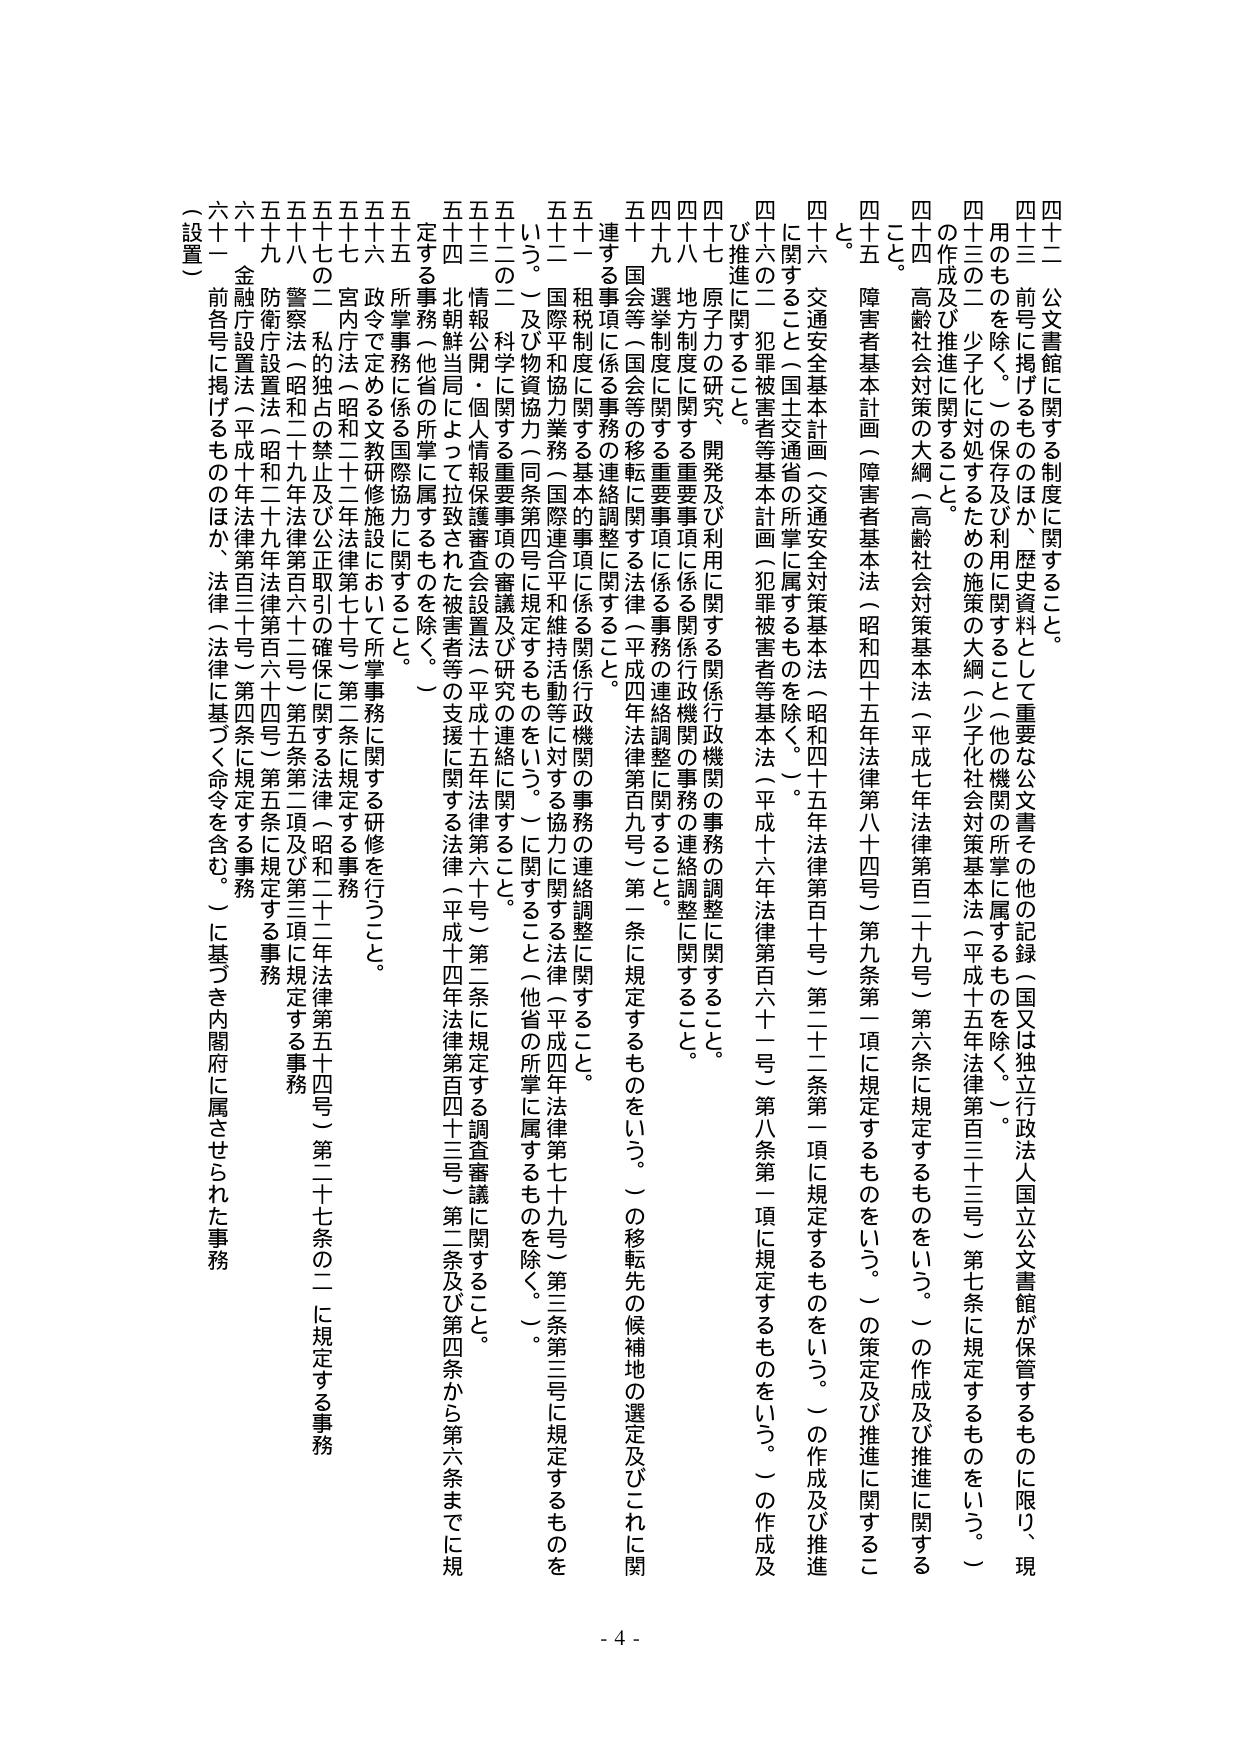
四十二 公文書館に関する制度に関すること。

四十三 前号に掲げるもののほか、歴史資料として重要な公文書その他の記録（国又は独立行政法人国立公文書館が保管するものに限り、現用のものを除く。）の保存及び利用に関すること（他の機関の所掌に属するものを除く。）。

四十三の二 少子化に対処するための施策の大綱（少子化社会対策基本法（平成十五年法律第百三十三号）第七条に規定するものをいう。）の作成及び推進に関すること。

四十四 高齢社会対策の大綱（高齢社会対策基本法（平成七年法律第百二十九号）第六条に規定するものをいう。）の作成及び推進に関すること。

四十五 障害者基本計画（障害者基本法（昭和四十五年法律第八十四号）第九条第一項に規定するものをいう。）の策定及び推進に関すること。

四十六 交通安全基本計画（交通安全対策基本法（昭和四十五年法律第百十号）第二十二条第一項に規定するものをいう。）の作成及び推進に関すること（国土交通省の所掌に属するものを除く。）。

四十七 原子力の研究、開発及び利用に関する関係行政機関の事務の調整に関すること。

四十八 地方制度に関する重要事項に係る関係行政機関の事務の連絡調整に関すること。

四十九 選挙制度に関する重要事項に係る事務の連絡調整に関すること。

五十 国会等（国会等の移転に関する法律（平成四年法律第百九号）第一条に規定するものをいう。）の移転先の候補地の選定及びこれに関連する事項に係る事務の連絡調整に関すること。

五十一 租税制度に関する基本的事項に係る関係行政機関の事務の連絡調整に関すること。

五十二 国際平和協力業務（国際連合平和維持活動等に対する協力に関する法律（平成四年法律第七十九号）第三条第三号に規定するものをいう。）及び物資協力（同条第四号に規定するものをいう。）に関すること（他省の所掌に属するものを除く。）。

五十三 の二 科学に関する重要事項の審議及び研究の連絡に関すること。

五十三 情報公開・個人情報保護審査会設置法（平成十五年法律第六十号）第二条に規定する調査審議に関すること。

五四 北朝鮮当局によって拉致された被害者等の支援に関する法律（平成十四年法律第百四十三号）第二条及び第四条から第六条までに規定する事務（他省の所掌に属するものを除く。）。

五十五 所掌事務に係る国際協力に関すること。

五十六 政令で定める文教研修施設において所掌事務に関する研修を行うこと。

五十七 宮内庁法（昭和二十二年法律第七十号）第二条に規定する事務。

五十八 の二 私の独立の禁止及び公正取引の確保に関する法律（昭和二十二年法律第五十四号）第二十七条の二に規定する事務。

五十八 警察法（昭和二十九年法律第百六十二号）第五条第二項及び第三項に規定する事務。

五十九 防衛庁設置法（昭和二十九年法律第百六十四号）第五条に規定する事務。

六十 金融庁設置法（平成十年法律第百三十号）第四条に規定する事務。

六十一 前各号に掲げるもののほか、法律（法律に基づく命令を含む。）に基づき内閣府に属させられた事務（設置）

- 4 -